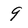
Character: 9